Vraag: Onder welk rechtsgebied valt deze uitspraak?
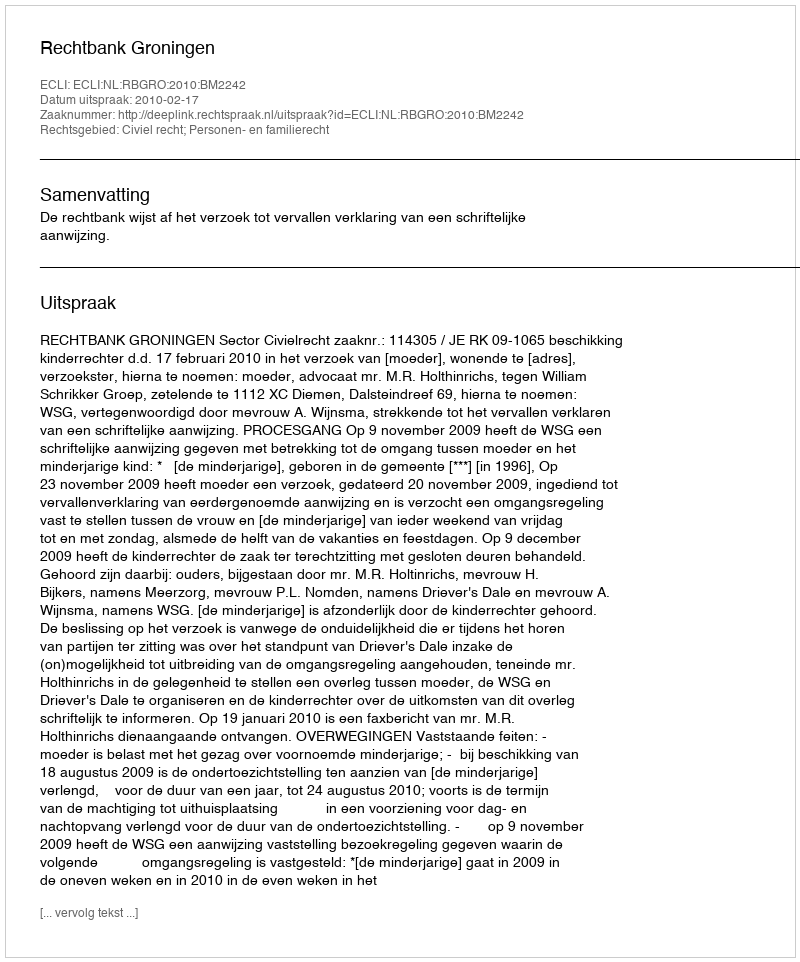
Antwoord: Civiel recht; Personen- en familierecht